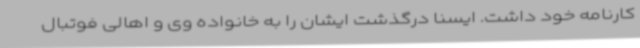
کارنامه خود داشت. ایسنا درگذشت ایشان را به خانواده وی و اهالی فوتبال